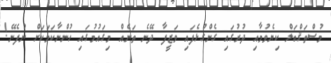
މުސްތަޤްބަލް ކިޔެވުމާއި ދުރުގައި ގެންގުޅެފައި ވަޒީފާ ދޭނެ ތަނެއް މިގައުމުގައި ހުންނާކަމަކަށް ނުފެނޭ!